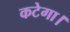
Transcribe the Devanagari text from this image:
कटेगा।